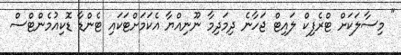
" މިސާލަކަށް ޓްރެފިކް ލައިޓް ޖަހާނެ ދިމަދިމާ ނޫނިއްޔާ އެކަމަށްޓަކައި ޓެންޑާ ޑޮކިއުމެންޓްސް